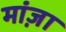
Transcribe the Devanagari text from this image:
मांज़ा